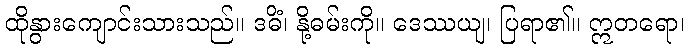
ထိုနွားကျောင်းသားသည်။ ဒဓိံ၊ နို့ဓမ်းကို။ ဒေဿယျ၊ ပြရာ၏။ ဣတရော၊